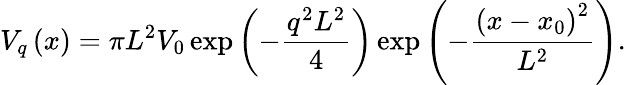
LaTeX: V_{q}\left(x\right)=\pi L^{2}V_{0}\exp\left(-\frac{q^{2}L^{2}}4\right)\exp\left(-\frac{\left(x-x_{0}\right)^{2}}{L^{2}}\right).